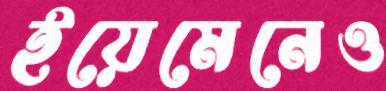
ইয়েমেনেও